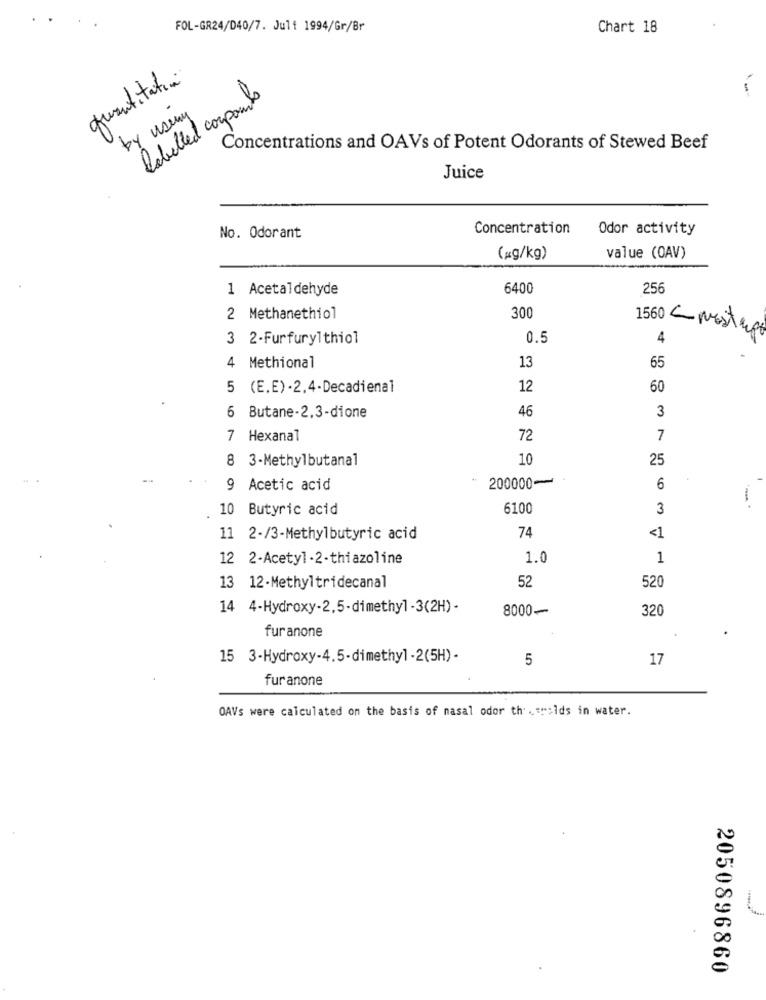
FOL-GR24/D40/7. Juli 1994/Gr/Br
Chart 18
quantitativi
labelled corpants
by using
Concentrations and OAVs of Potent Odorants of Stewed Beef
Juice
Concentration
Odor activity
No. Odorant
(æg/kg)
value (0AV)
1 Acetaldehyde
6400
256
2 Methanethiol
300
1560 NOSTRA
3 2-Furfurylthiol
0.5
4
4 Methional
13
65
5 (E.E) -2,4-Decadienal
12
60
3
6 Butane-2,3-dione
46
7 Hexanal
72
7
8 3-Methylbutanal
10
25
200000-
-
9 Acetic acid
6
- .
10 Butyric acid
6100
3
74
11 2-/3-Methylbutyric acid
<1
12 2-Acetyl - 2-thiazoline
1.0
1
52
13 12-Methyltridecanal
520
14 4-Hydroxy-2,5-dimethyl -3(2H)-
8000-
320
fur anone
15 3-Hydroxy-4.5-dimethyl -2(5H)-
5
17
furanone
OAVs were calculated on the basis of nasal odor thier:Ids in water.
2050896860